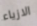
الازياء